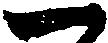
一